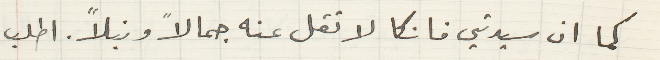
كما ان سيدتي فانكا لا تقل عنه جمالاً ونبلاً. اطلب